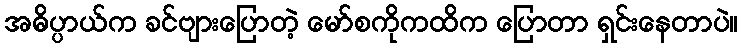
အဓိပ္ပာယ်က ခင်ဗျားပြောတဲ့ မော်စကိုကထိက ပြောတာ ရှင်းနေတာပဲ။